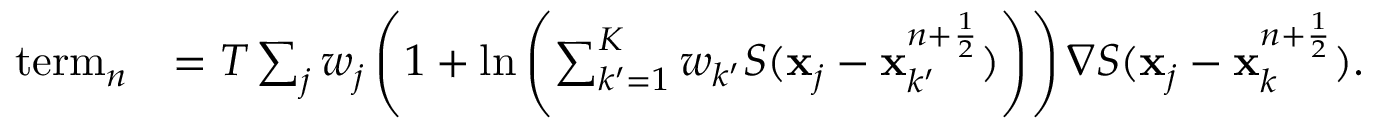
\begin{array} { r l } { \mathrm { t e r m } _ { n } } & { = T \sum _ { j } w _ { j } \left( 1 + \ln \left( \sum _ { k ^ { \prime } = 1 } ^ { K } { w _ { k ^ { \prime } } } S ( { { \mathbf x } } _ { j } - { { \mathbf x } } _ { k ^ { \prime } } ^ { n + \frac { 1 } { 2 } } ) \right) \right) \nabla S ( { { \mathbf x } } _ { j } - { { \mathbf x } } _ { k } ^ { n + \frac { 1 } { 2 } } ) . } \end{array}